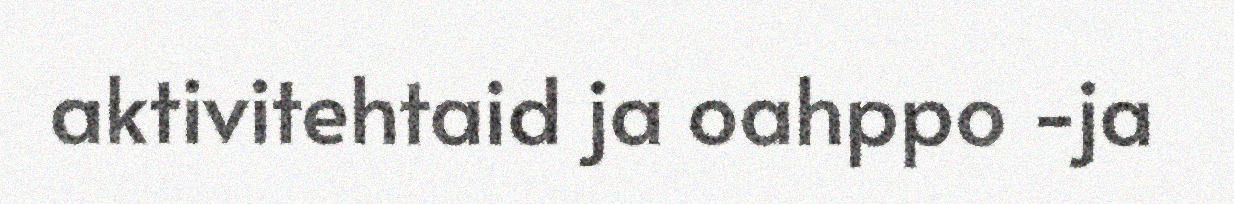
aktivitehtaid ja oahppo -ja